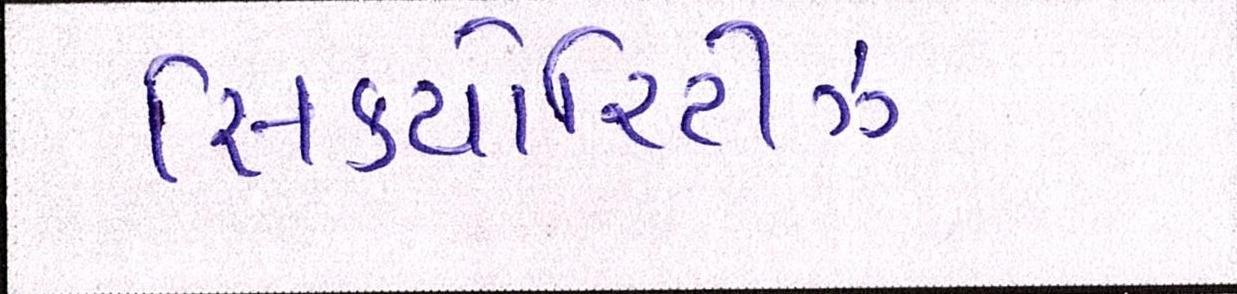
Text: સિક્યોરિટીઝ